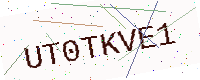
Text: UT0TKVE1